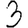
Digit: 3